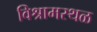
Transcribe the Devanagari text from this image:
विश्रामस्थळ